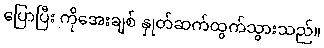
ပြောပြီး ကိုအေးချစ် နှုတ်ဆက်ထွက်သွားသည်။